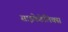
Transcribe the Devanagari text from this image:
साइकेडेलिक्स